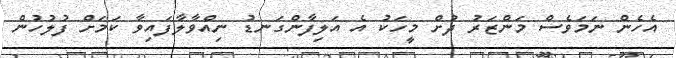
އެހެން ނަމަވެސް މަންޒަރު ދުށް މީހަކު އެ އަލިފާންގަނޑު ނިއްވާލާފައިވާ ކަމަށް ފުލުހުން